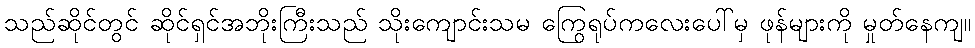
သည်ဆိုင်တွင် ဆိုင်ရှင်အဘိုးကြီးသည် သိုးကျောင်းသမ ကြွေရုပ်ကလေးပေါ်မှ ဖုန်များကို မှုတ်နေကျ။